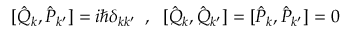
[ \hat { Q } _ { k } , \hat { P } _ { k ^ { \prime } } ] = i \hbar \delta _ { k k ^ { \prime } } \; \; , \; \; [ \hat { Q } _ { k } , \hat { Q } _ { k ^ { \prime } } ] = [ \hat { P } _ { k } , \hat { P } _ { k ^ { \prime } } ] = 0